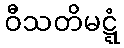
ဝီသတိမဋ္ဋံ